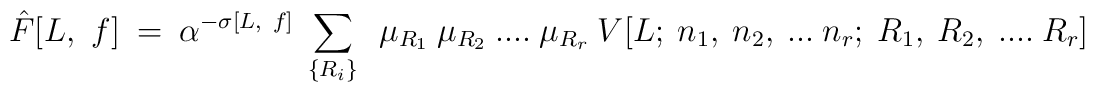
{\hat F[L,~f]}~=~ \alpha^{-\sigma[L,~f]}~\sum_{\{R_i\}}~~\mu_{R_1}~\mu_{R_2}~....~\mu_{R_r}~ V[L;~n_1,~n_2,~...~n_r;~R_1,~R_2,~....~R_r]